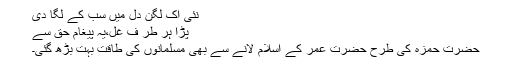
نئی اک لگن دل میں سب کے لگا دی
پڑا ہر طر ف غل،یہ پیغام حق سے
حضرت حمزہؓ کی طرح حضرت عمرؓ کے اسلام لانے سے بھی مسلمانوں کی طاقت بہت بڑھ گئی۔